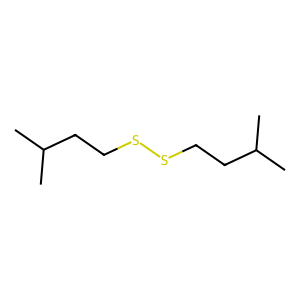
SMILES: CC(C)CCSSCCC(C)C
Inhibits HIV replication: No